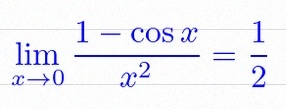
\lim_{x\to0}\frac{1-\cos x}{x^2}=\frac12